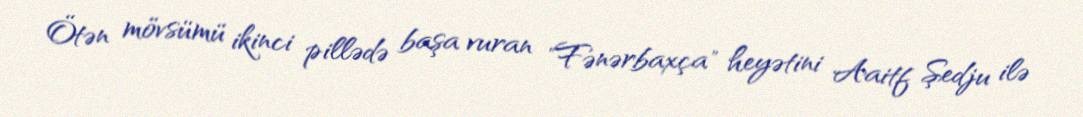
Ötən mövsümü ikinci pillədə başa vuran "Fənərbaxça" heyətini Aaitf Şedju ilə